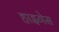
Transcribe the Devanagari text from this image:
हाइगेस